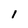
Character: I